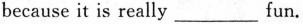
because it is really___fun.